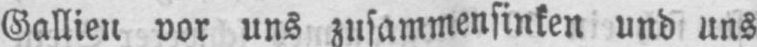
Gallien vor uns zusammensinken und uns